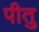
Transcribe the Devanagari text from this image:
पीतु